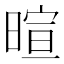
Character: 暄